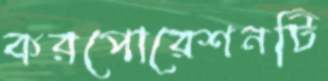
করপোরেশনটি